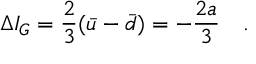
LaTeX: \Delta I _ { G } = \frac { 2 } { 3 } ( \bar { u } - \bar { d } ) = - \frac { 2 a } { 3 } \ \ \ .